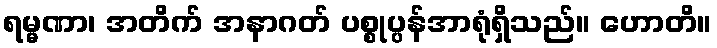
ရမ္မဏာ၊ အတိက် အနာဂတ် ပစ္စုပ္ပန်အာရုံရှိသည်။ ဟောတိ။